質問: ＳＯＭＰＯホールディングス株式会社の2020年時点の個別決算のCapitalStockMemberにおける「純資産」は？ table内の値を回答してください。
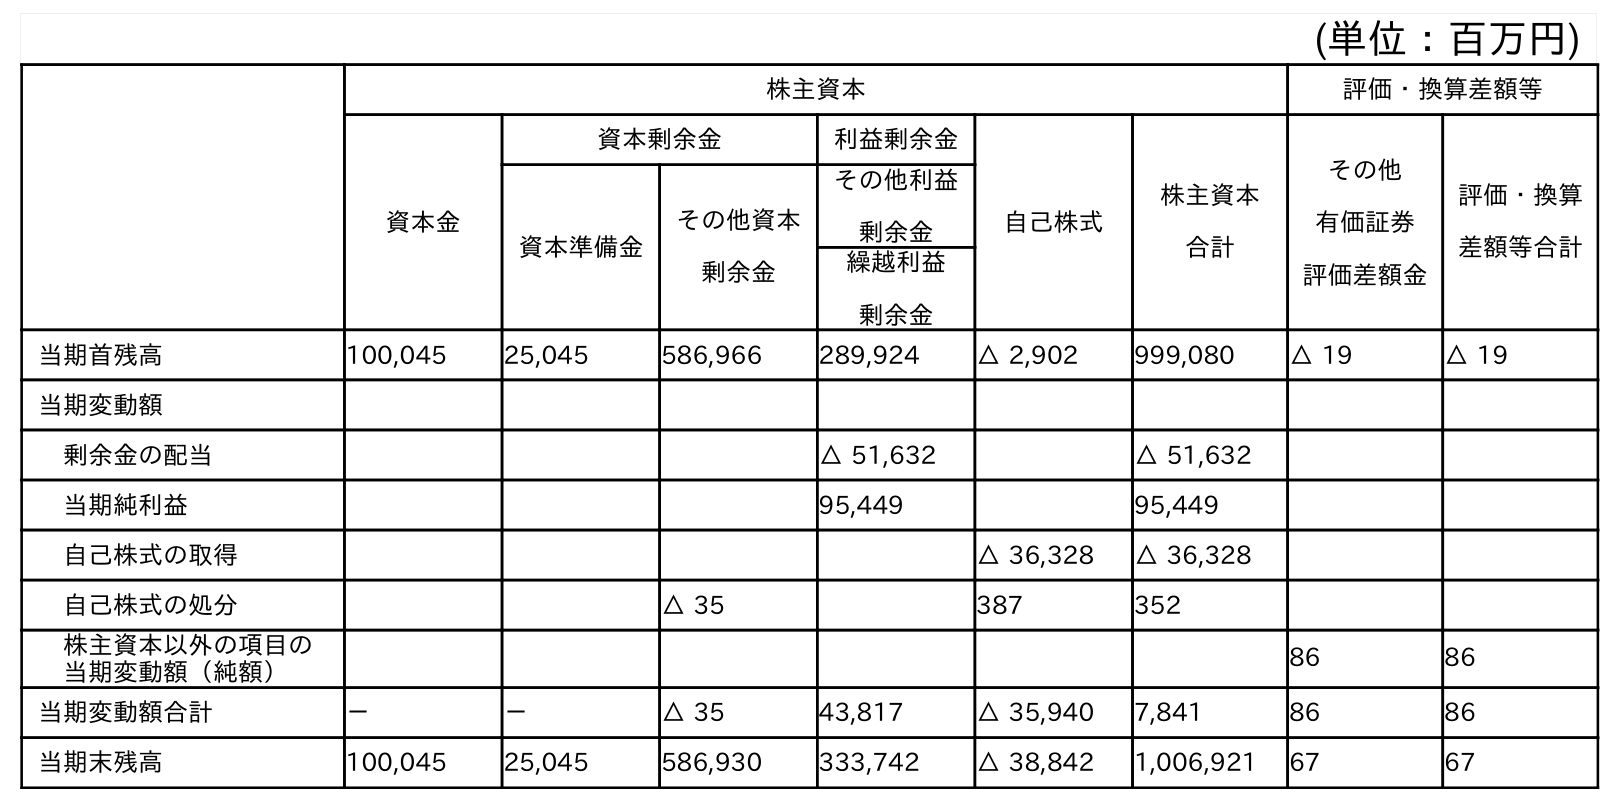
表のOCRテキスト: (単位：百万円) 株主資本 評価・換算差額等 資本金 資本剰余金 利益剰余金 自己株式 株主資本 合計 その他 有価証券 評価差額金 評価・換算 差額等合計 資本準備金 その他資本 剰余金 その他利益 剰余金 繰越利益 剰余金 当期首残高 100,045 25,045 586,966 289,924 △ 2,902 999,080 △ 19 △ 19 当期変動額 剰余金の配当 △ 51,632 △ 51,632 当期純利益 95,449 95,449 自己株式の取得 △ 36,328 △ 36,328 自己株式の処分 △ 35 387 352 株主資本以外の項目の 当期変動額（純額） 86 86 当期変動額合計 － － △ 35 43,817 △ 35,940 7,841 86 86 当期末残高 100,045 25,045 586,930 333,742 △ 38,842 1,006,921 67 67
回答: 100,045